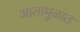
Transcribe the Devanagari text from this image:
आतामुळात